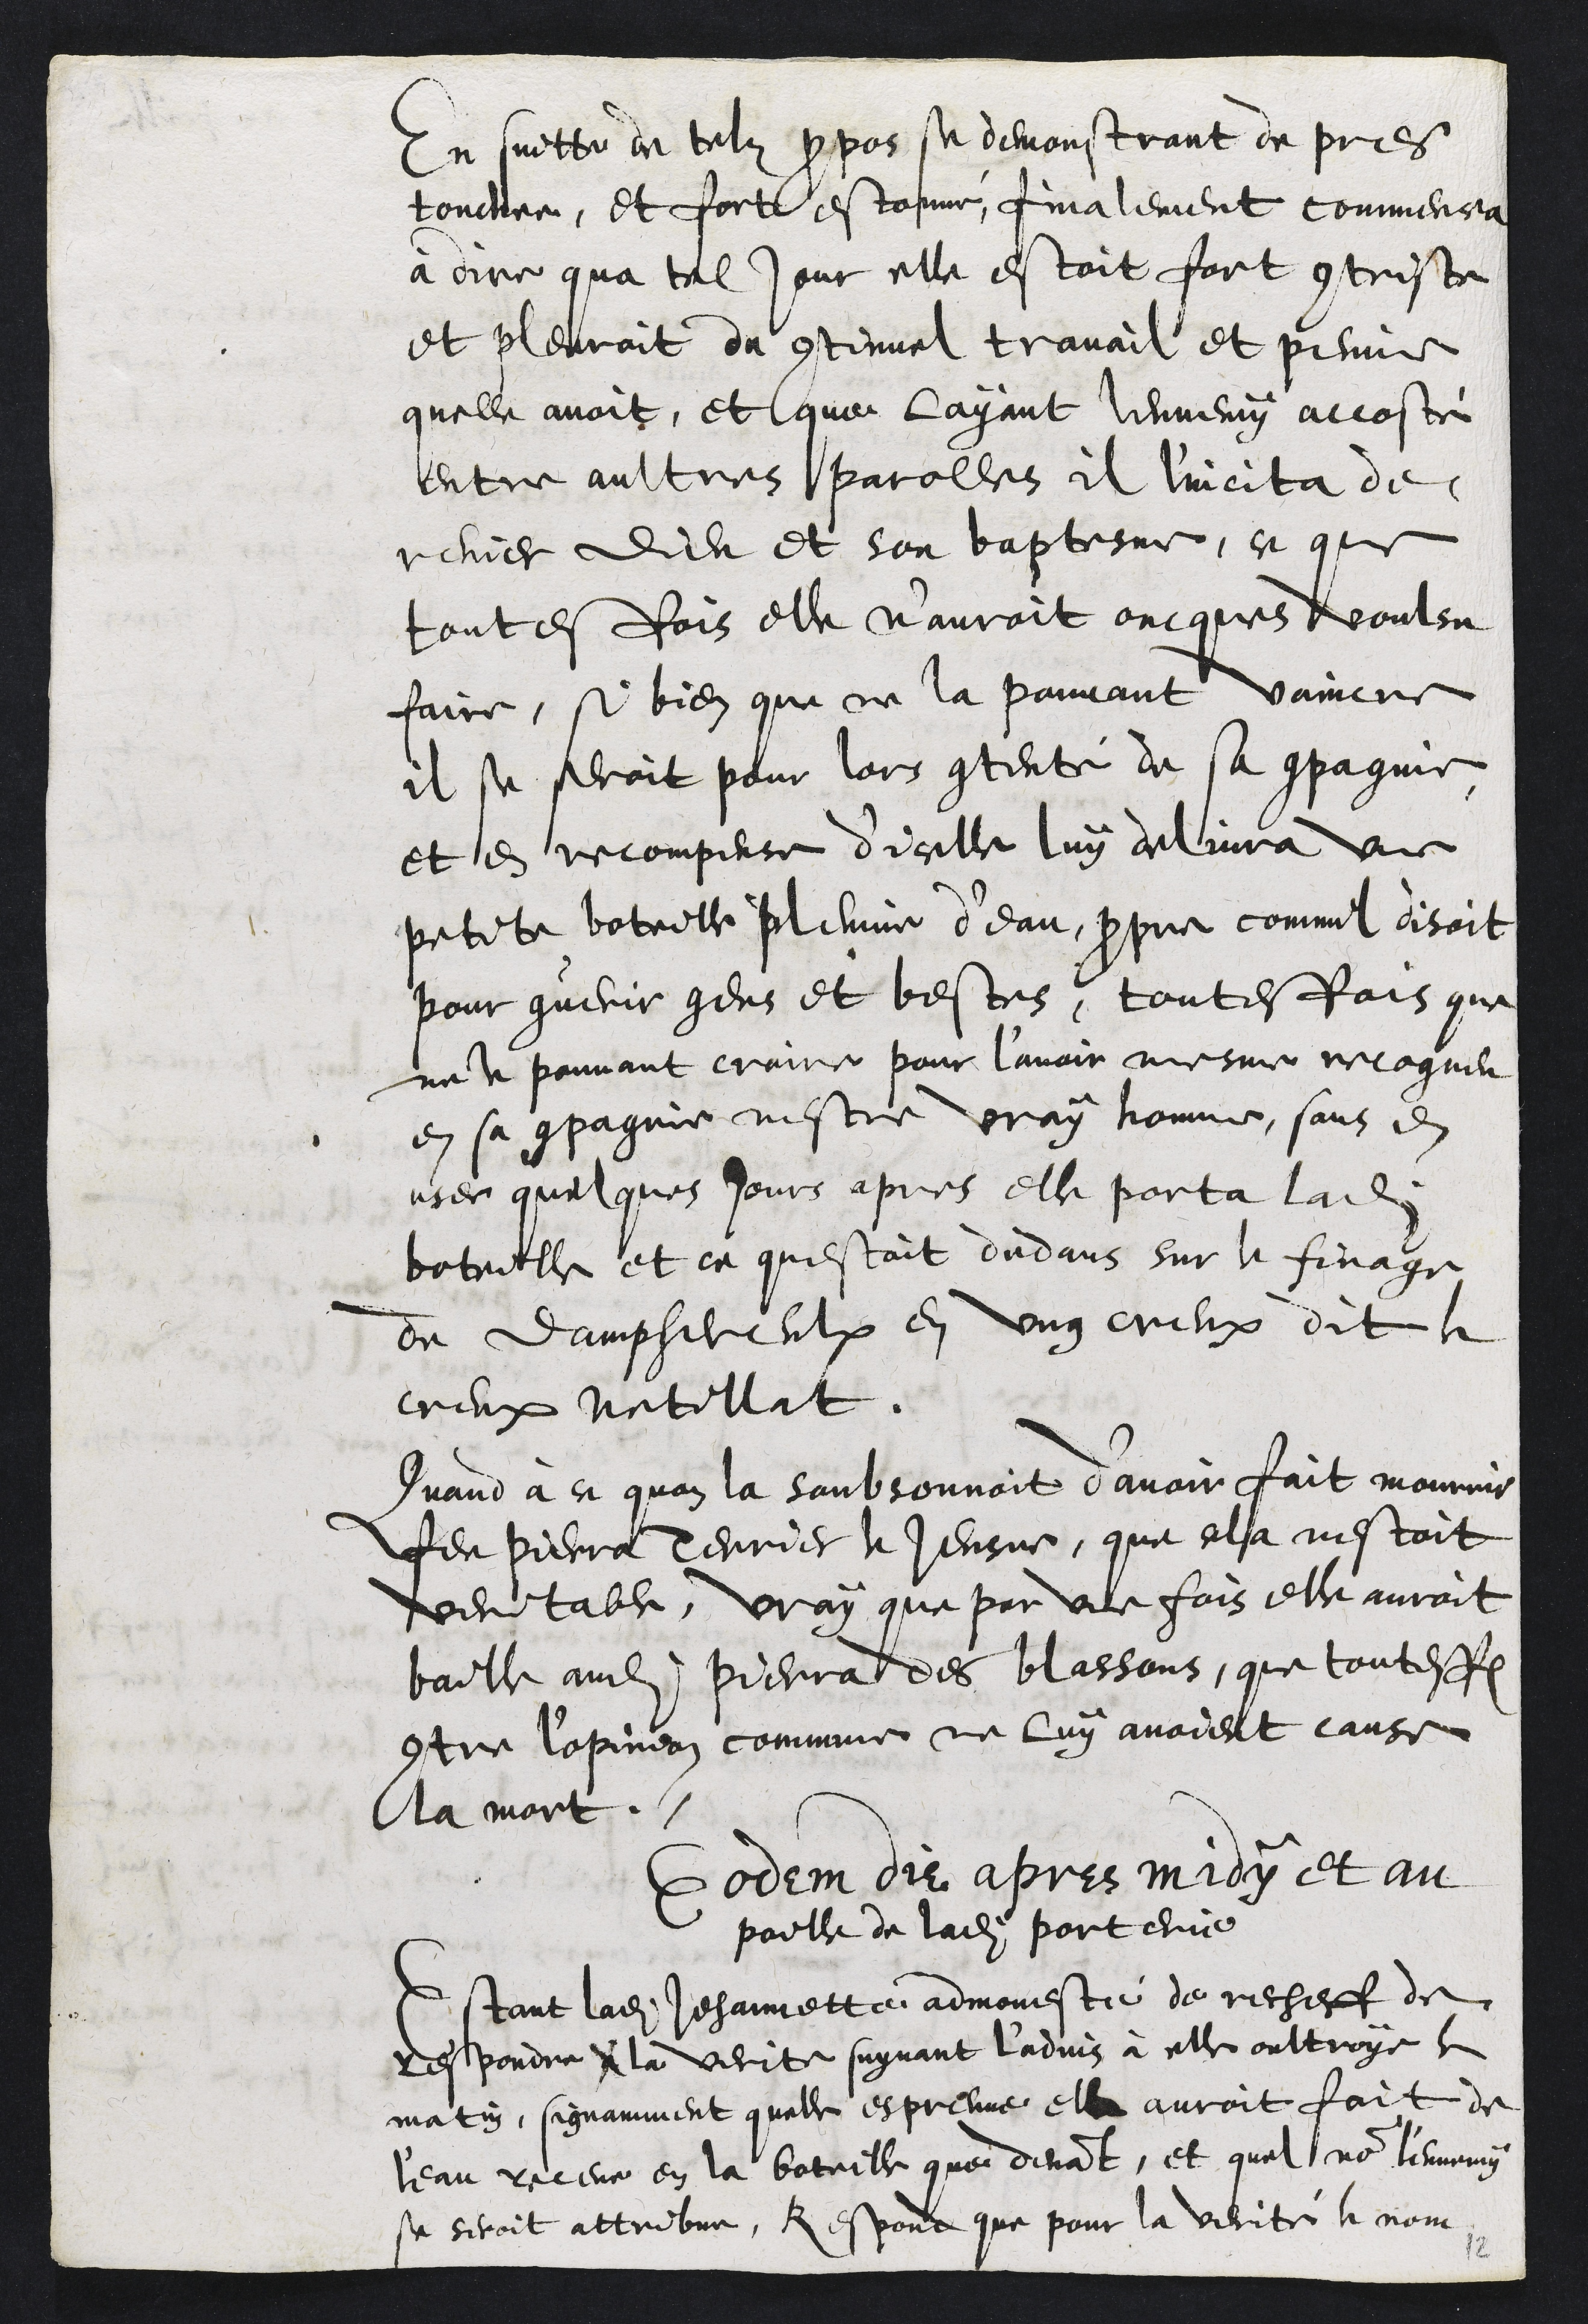
En suitte de telz propos se demonstrant de pres
touchee, et fort estonné, finalement commencea
à dire qua tel jour elle estoit fort contriste
et pleuroit du continuel travail et peine
quelle avoit, et que layant lennemy accosté
entre aultres parolles il l'incita de
renier Dieu et son baptesme, ce que
toutesfois elle n'auroit oncques voulsu
faire, si bien que ne la pouvant vaincre
il se seroit pour lors contenté de sa compagnie,
et en recompense d'icelle luy delivra une
petite boteille pleinne d'eau propre commil disoit
pour guerir gens et bestes, toutesfois que
ne le pouvant croire pour l’avoir mesme recogneu
en sa compagnie nestre vray homme, sans en
user quelques jours apres elle porta ladite
boteille et ce questoit dedans sur le finage
de Damphereulx en ung creux dit le
creux Netillat.
Quand à ce quon la soubsonnoit d’avoir fait mourrir
feu Pierra Terrier le Jeusne, que cela nestoit
veritable, vray que par une fois elle auroit
baille audit Pierra des blassons, que touteffois
contre lopinion commune ne luy avoient cause
la mort.
Eodem die apres midy et au
poille de ladite porterie
Estant ladite Jehannette admonesté de recheff de
respondre a la verite suyvant l'advis à elle oultroye le
matin, signamment quelle espreuve elle auroit fait de
l'eau receue en la boteille que devant, et quel nom l'ennemy
se seroit attribve, Respond que pour la verité le nom
12